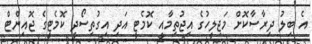
އެ ބިލު ދިރާސާކޮށް މަޖިލީހުގެ އިޖުތިމާއީ ކޮމެޓީ އަދި އިގުތިސޯދީ ކޮމެޓީގެ ޖޮއިންޓް